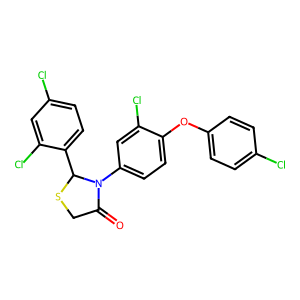
SMILES: O=C1CSC(c2ccc(Cl)cc2Cl)N1c1ccc(Oc2ccc(Cl)cc2)c(Cl)c1
Inhibits HIV replication: No